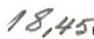
18,45